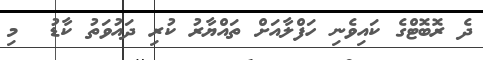
ދެ ރޮބޮޓްގެ ކައިވެނި ހަފްލާއަށް ތައްޔާރު ކުރި ދައުވަތު ކާޑު  މި